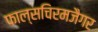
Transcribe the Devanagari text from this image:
फाल्सचिरमजैगर